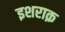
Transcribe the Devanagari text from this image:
इशराक़